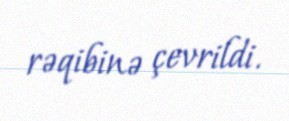
rəqibinə çevrildi.